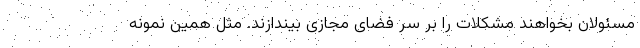
مسئولان بخواهند مشکلات را بر سر فضای مجازی بیندازند. مثل همین نمونه